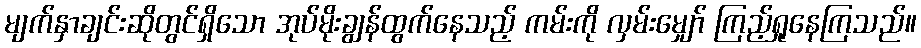
မျက်နှာချင်းဆိုတွင်ရှိသော အုပ်မိုးချွန်ထွက်နေသည့် ကမ်းကို လှမ်းမျှော် ကြည့်ရှုနေကြသည်။